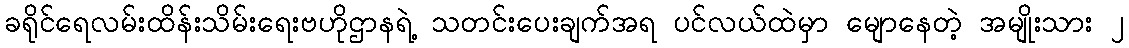
ခရိုင်ရေလမ်းထိန်းသိမ်းရေးဗဟိုဌာနရဲ့ သတင်းပေးချက်အရ ပင်လယ်ထဲမှာ မျောနေတဲ့ အမျိုးသား ၂